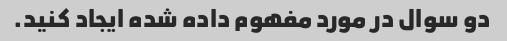
دو سوال در مورد مفهوم داده شده ایجاد کنید.